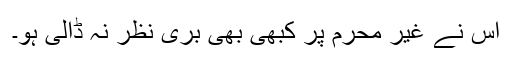
اس نے غیر محرم پر کبھی بھی بری نظر نہ ڈالی ہو۔